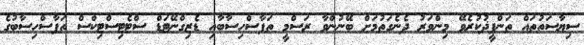
ސިޔާސަތުތައް ތަންފީޛުކުރެވޭ މިންވަރު ދެނެގަތުމަށް ބޭނުންވާ ރަސްމީ ތަފާސްހިސާބާއި ޑެޒިގްނޭޓަޑް ސްޓެޓިސްޓިކްސް ތަފާސްހިސާބުގެ